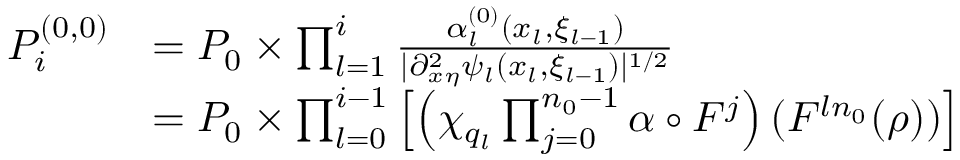
\begin{array} { r l } { P _ { i } ^ { ( 0 , 0 ) } } & { = P _ { 0 } \times \prod _ { l = 1 } ^ { i } \frac { \alpha _ { l } ^ { ( 0 ) } ( x _ { l } , \xi _ { l - 1 } ) } { | \partial _ { x \eta } ^ { 2 } \psi _ { l } ( x _ { l } , \xi _ { l - 1 } ) | ^ { 1 / 2 } } } \\ & { = P _ { 0 } \times \prod _ { l = 0 } ^ { i - 1 } \left[ \left( \chi _ { q _ { l } } \prod _ { j = 0 } ^ { n _ { 0 } - 1 } \alpha \circ F ^ { j } \right) ( F ^ { l n _ { 0 } } ( \rho ) ) \right] } \end{array}